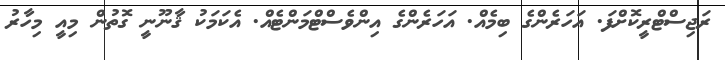
ރަޖިސްޓްރީކޮށްފަ. އަހަރެންގެ ބިމެއް. އަހަރެންގެ އިންވެސްޓްމަންޓެއް. އެކަމަކު ޤާނޫނީ ގޮތުން މިއީ މިހާރު